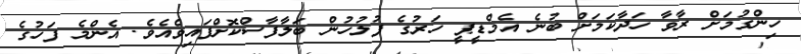
ހިންގުމަށް ރާވާ ހަދާކަމަށް ބުނެ އެމްޑީޕީ ހަރުގެ ފުލުހުން ބަލާފާސްކޮށްފައިވެއެވެ. އެންމެ ފަހުގެ